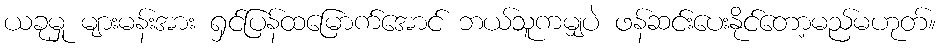
ယခုမှု များမန်းအား ရှင်ပြန်ထမြောက်အောင် ဘယ်သူကမျှပဲ ဖန်ဆင်းပေးနိုင်တော့မည်မဟုတ်။